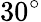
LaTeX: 30^{\circ}